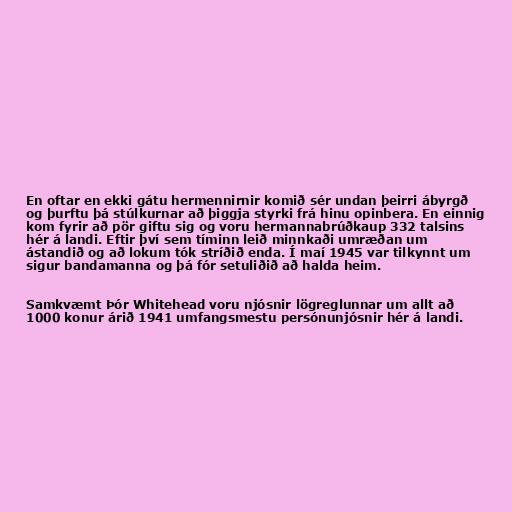
En oftar en ekki gátu hermennirnir komið sér undan þeirri ábyrgð
og þurftu þá stúlkurnar að þiggja styrki frá hinu opinbera. En einnig
kom fyrir að pör giftu sig og voru hermannabrúðkaup 332 talsins
hér á landi. Eftir því sem tíminn leið minnkaði umræðan um
ástandið og að lokum tók stríðið enda. Í maí 1945 var tilkynnt um
sigur bandamanna og þá fór setuliðið að halda heim.

Samkvæmt Þór Whitehead voru njósnir lögreglunnar um allt að
1000 konur árið 1941 umfangsmestu persónunjósnir hér á landi.